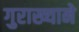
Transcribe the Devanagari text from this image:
गुराख्याने